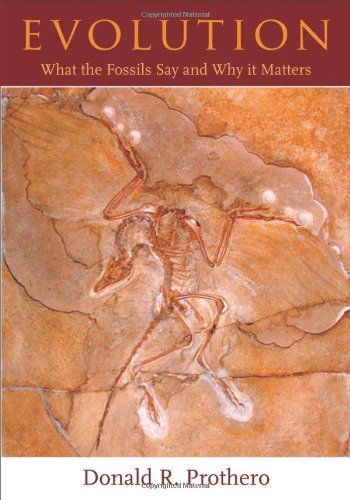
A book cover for Evolution: What the Fossils Say and Why It Matters; Donald R. Prothero; Science & Math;